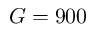
G = 9 0 0